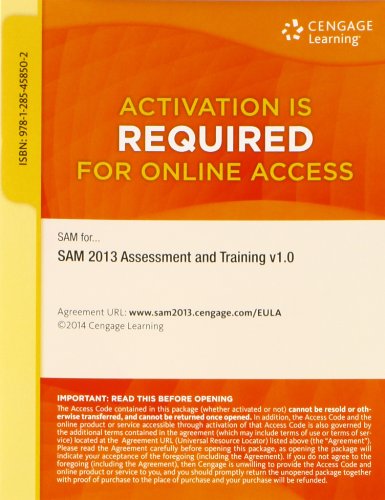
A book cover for SAM 2013 Assessment and Training v1.0 Printed Access Card; Course Technology; Business & Money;